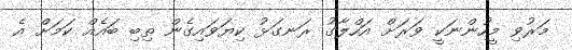
މަރުވި މީހުންނަކީ ވަރަށް އަހްލާގު ރަނގަޅު ކިޔަވައިގެން ތިބި ބައެއް ކަމަށް އެ